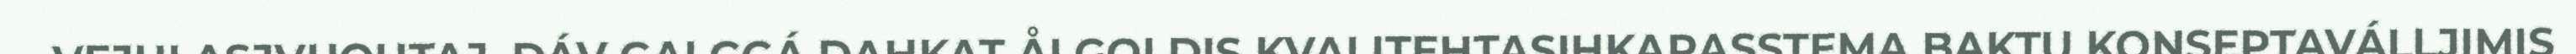
VEJULASJVUOHTAJ. DÁV GALGGÁ DAHKAT ÅLGOLDIS KVALITEHTASIHKARASSTEMA BAKTU KONSEPTAVÁLLJIMIS